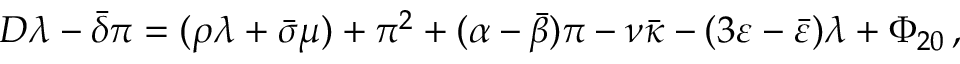
D \lambda - { \bar { \delta } } \pi = ( \rho \lambda + { \bar { \sigma } } \mu ) + \pi ^ { 2 } + ( \alpha - { \bar { \beta } } ) \pi - \nu { \bar { \kappa } } - ( 3 \varepsilon - { \bar { \varepsilon } } ) \lambda + \Phi _ { 2 0 } \, ,